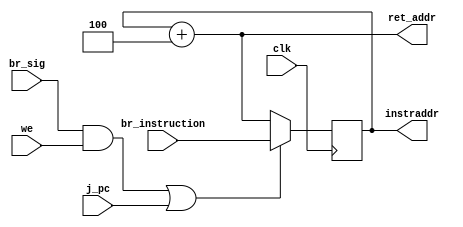
//Program Counter Module
//Dated: 23rd May 2023
//Intel Quartus Prime Lite


//------------------------------------------------------------------------------------

`timescale 1ns / 1ps

module ProgramCounter(
input [7:0] br_instruction,
input we,
input j_pc,
input br_sig,
input clk,
output reg [7:0] instraddr,
output [7:0] ret_addr
);

	initial instraddr = 8'h00;
	assign ret_addr = instraddr + 8'h04;

	always @(posedge clk) begin
		if ((br_sig && we) || (j_pc))
		begin
		instraddr = br_instruction;
		end
		else
		instraddr = ret_addr;
	end
endmodule